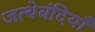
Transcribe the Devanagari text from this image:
जत्थेबंदियाँ